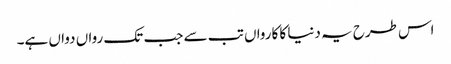
اس طرح یہ دنیا کا کارواں تب سے جب تک رواں دواں ہے۔